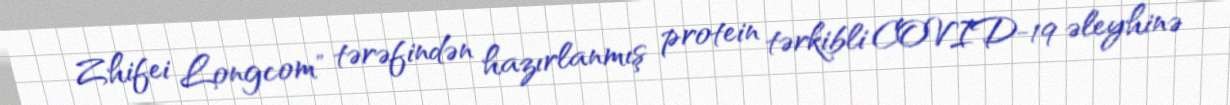
Zhifei Longcom" tərəfindən hazırlanmış protein tərkibli COVID-19 əleyhinə